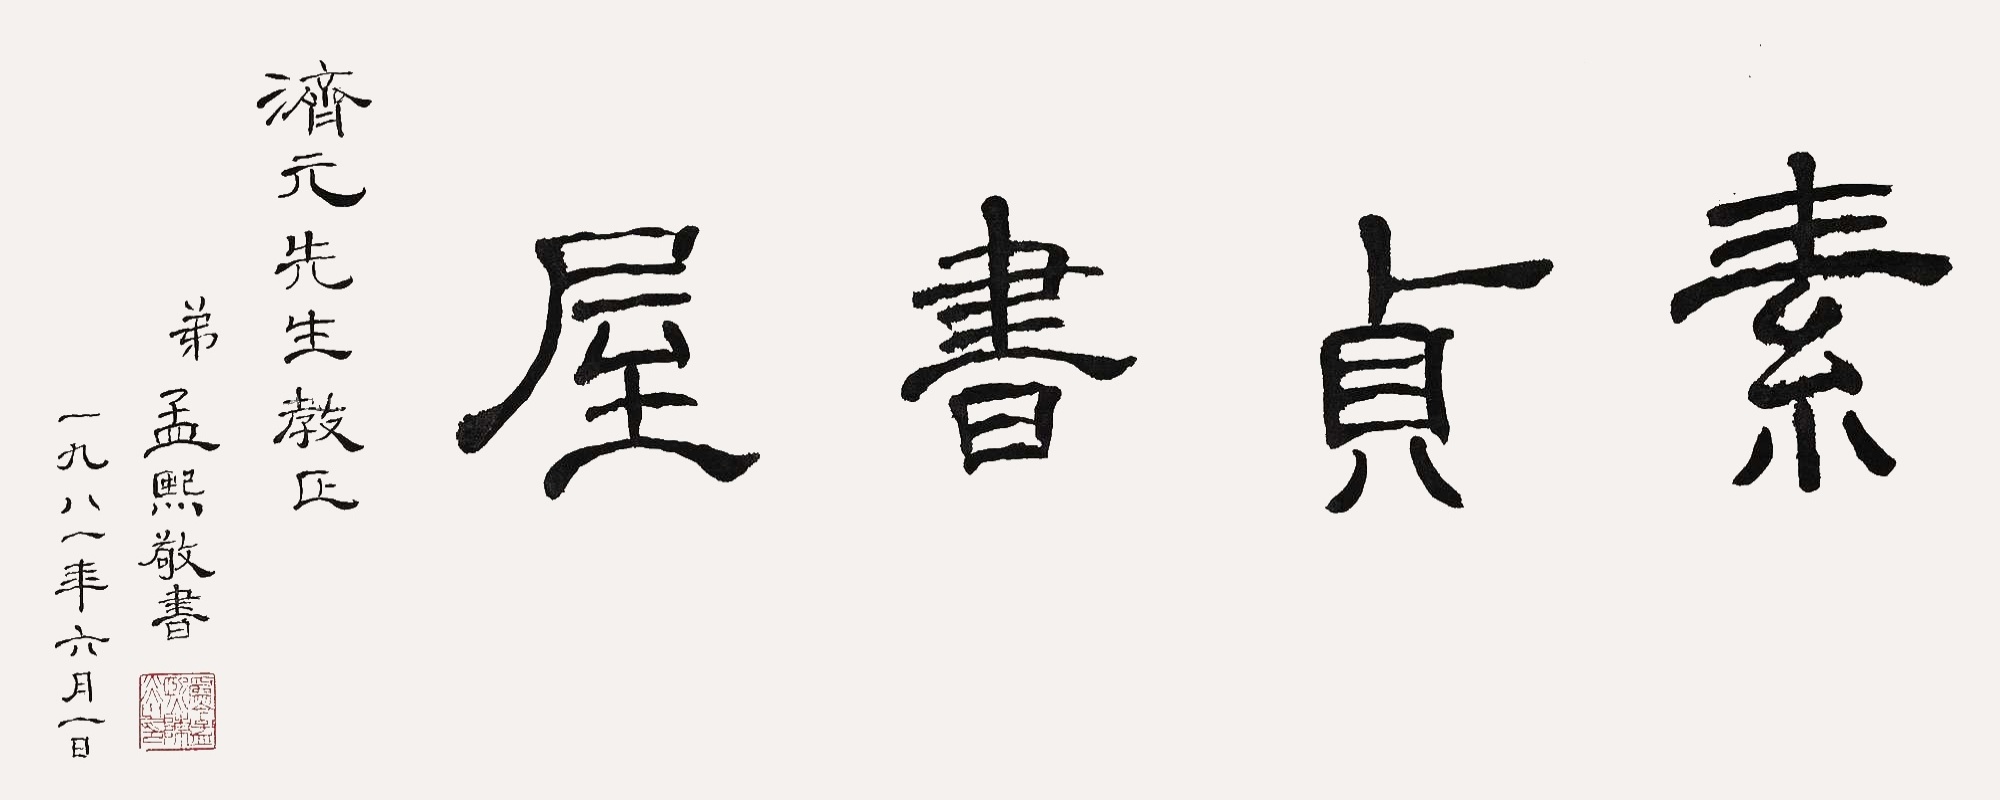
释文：素贞书屋。济元先生教正，弟孟熙敬书，一九八一年六月一日。